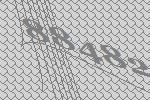
88482